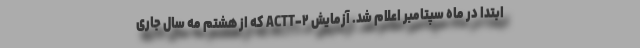
ابتدا در ماه سپتامبر اعلام شد. آزمایش ACTT-۲ که از هشتم مه سال جاری